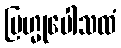
ဗြဟ္မုပေါသထံ